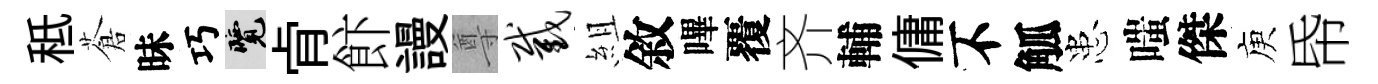
秪蒼昧巧覽肻飰謾尊截組敘嗶覆齐輔傭不觚患嗤傑庾帋